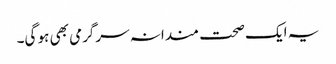
یہ ایک صحت مندانہ سرگرمی بھی ہو گی۔